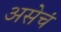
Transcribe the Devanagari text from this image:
असेचं